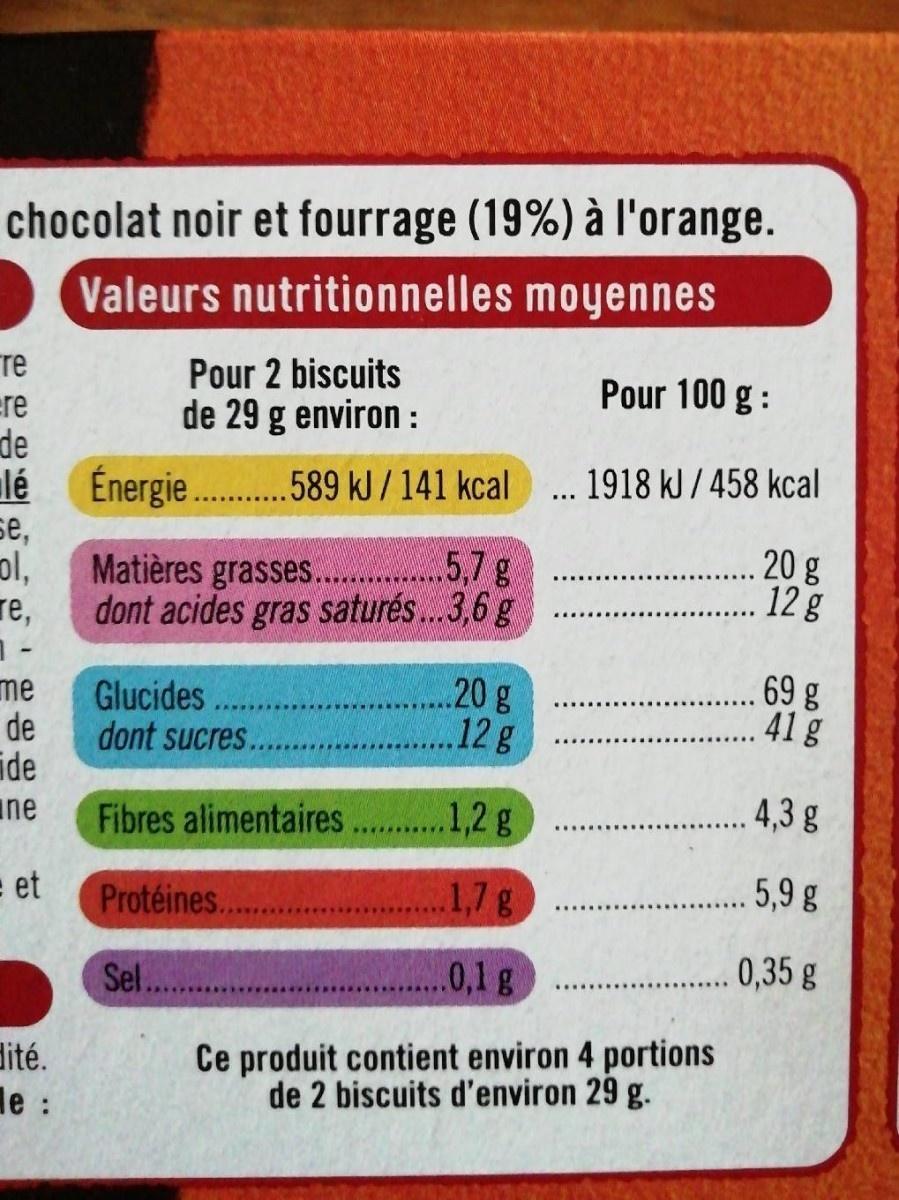
chocolat noir et fourrage (19%) à l'orange.
Valeurs nutritionnelles moyennes
те ere de lé
Pour 2 biscuits
Pour 100 g :
de 29 g environ :
Énergie . 589 kJ / 141 kcal se, ol,
1918 kJ / 458 kcal
...
Matières grasses. ...5,7 g dont acides gras saturés.. 3,6 g
20g 12 g
re, 1 - Glucides de
69 g 41 g
20 g 12g
me
dont sucres.
ide ine
. 4, g
Fibres alimentaires .1,2 g
= et
Protéines...
1,7g
5,9 g
Sel.
.0,1g
0,35 g
dité. le :
Ce produit contient environ 4 portions de 2 biscuits d'environ 29 g.